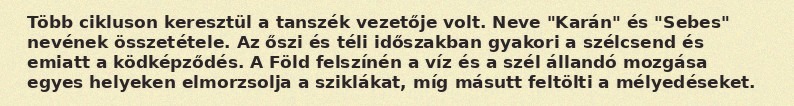
Több cikluson keresztül a tanszék vezetője volt. Neve "Karán" és "Sebes" nevének összetétele. Az őszi és téli időszakban gyakori a szélcsend és emiatt a ködképződés. A Föld felszínén a víz és a szél állandó mozgása egyes helyeken elmorzsolja a sziklákat, míg másutt feltölti a mélyedéseket.